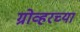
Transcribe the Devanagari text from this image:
ग्रोव्हरच्या